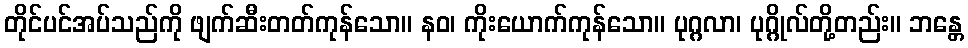
တိုင်ပင်အပ်သည်ကို ဖျက်ဆီးတတ်ကုန်သော။ နဝ၊ ကိုးယောက်ကုန်သော။ ပုဂ္ဂလာ၊ ပုဂ္ဂိုလ်တို့တည်း။ ဘန္တေ